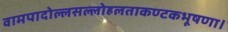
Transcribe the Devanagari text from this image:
वामपादोल्लसल्लोहलताकण्टकभूषणा।